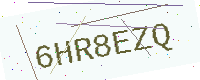
Text: 6HR8EZQ